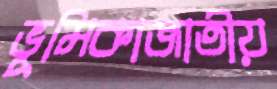
ভূমিকাজাতীয়